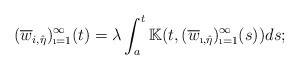
LaTeX: \begin{align*}(\overline{w}_{i,\hat{\eta}})_{\i=1}^{\infty}(t)=\lambda \int_{a}^{t} \mathbb{K}(t,(\overline{w}_{\i,\hat{\eta}})_{\i=1}^{\infty}(s))ds; \end{align*}